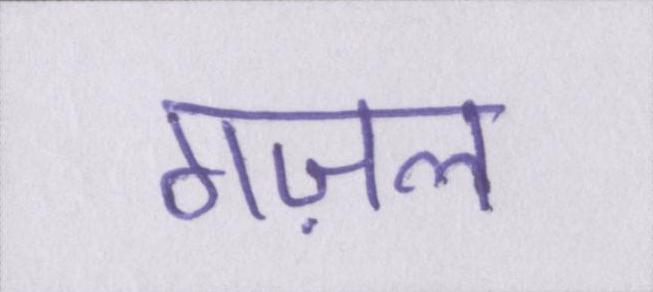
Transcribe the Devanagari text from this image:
गज़ल